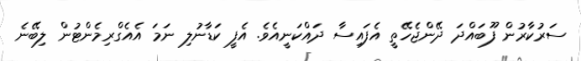
ސަރުކާރުން ފޫބައްދަ ދޭންޖެހޭތީ އެފައިސާ ދައްކަނީއެވެ. އެފީ ކަޑާނުލި ނަމަ އެއެގްރިމެންޓުން ލިބޭނެ